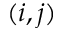
( i , j )